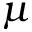
\mu